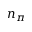
n _ { \pi }